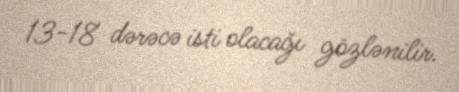
13-18 dərəcə isti olacağı gözlənilir.